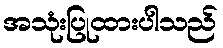
အသုံးပြုထားပါသည်